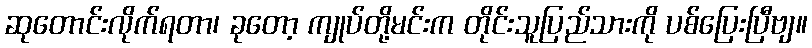
ဆုတောင်းလိုက်ရတာ၊ ခုတော့ ကျုပ်တို့မင်းက တိုင်းသူပြည်သားကို ပစ်ပြေးပြီဗျ။